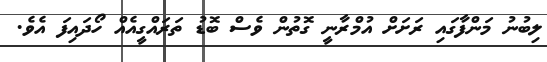
ލިބުނު މަންފާގައި ރަށަށް އުމްރާނީ ގޮތުން ވެސް ބޮޑު ތަރައްގީއެއް ހޯދައިފަ އެވެ.